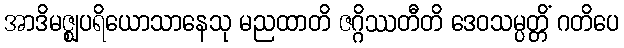
အာဒိမဇ္ဈပရိယောသာနေသု မညထာတိ ဇဂ္ဂိဿတီတိ ဒေဝသမ္ပတ္တိံ ဂတိပေ